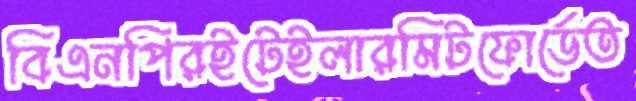
বিএনপিরইটেইলারমিটফোর্ডেত